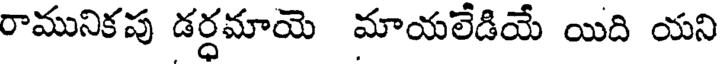
రామునికపు డర్ధమాయె మాయలేడియే యిది యని